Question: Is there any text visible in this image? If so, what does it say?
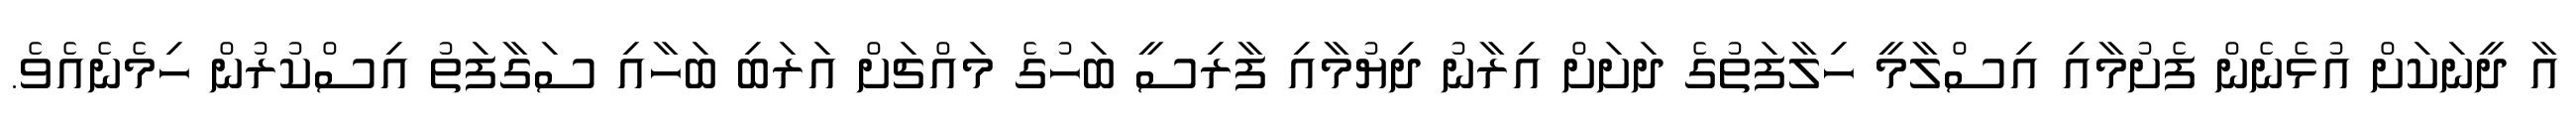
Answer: އާ ދީނަކަށް އުޅެނެން ފެށުމާއި އިސްލާމީ ހިލާފަތުގެ ދަށަށް އިރާނު ދިޔުމާއި ފާރިސީ ބަހުގެ މައްޗަށް އަރަބި ބަހާއި ސަގާފަތު އިސްކުރުން ހިމެނެއެވެ.